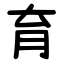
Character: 育